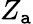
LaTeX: Z_{\mathtt{a}}